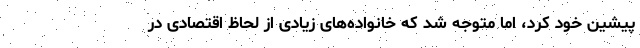
پیشین خود کرد، اما متوجه شد که خانواده‌های زیادی از لحاظ اقتصادی در